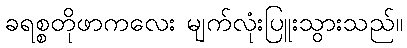
ခရစ္စတိုဖာကလေး မျက်လုံးပြူးသွားသည်။